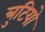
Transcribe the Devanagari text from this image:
त्रुटियो